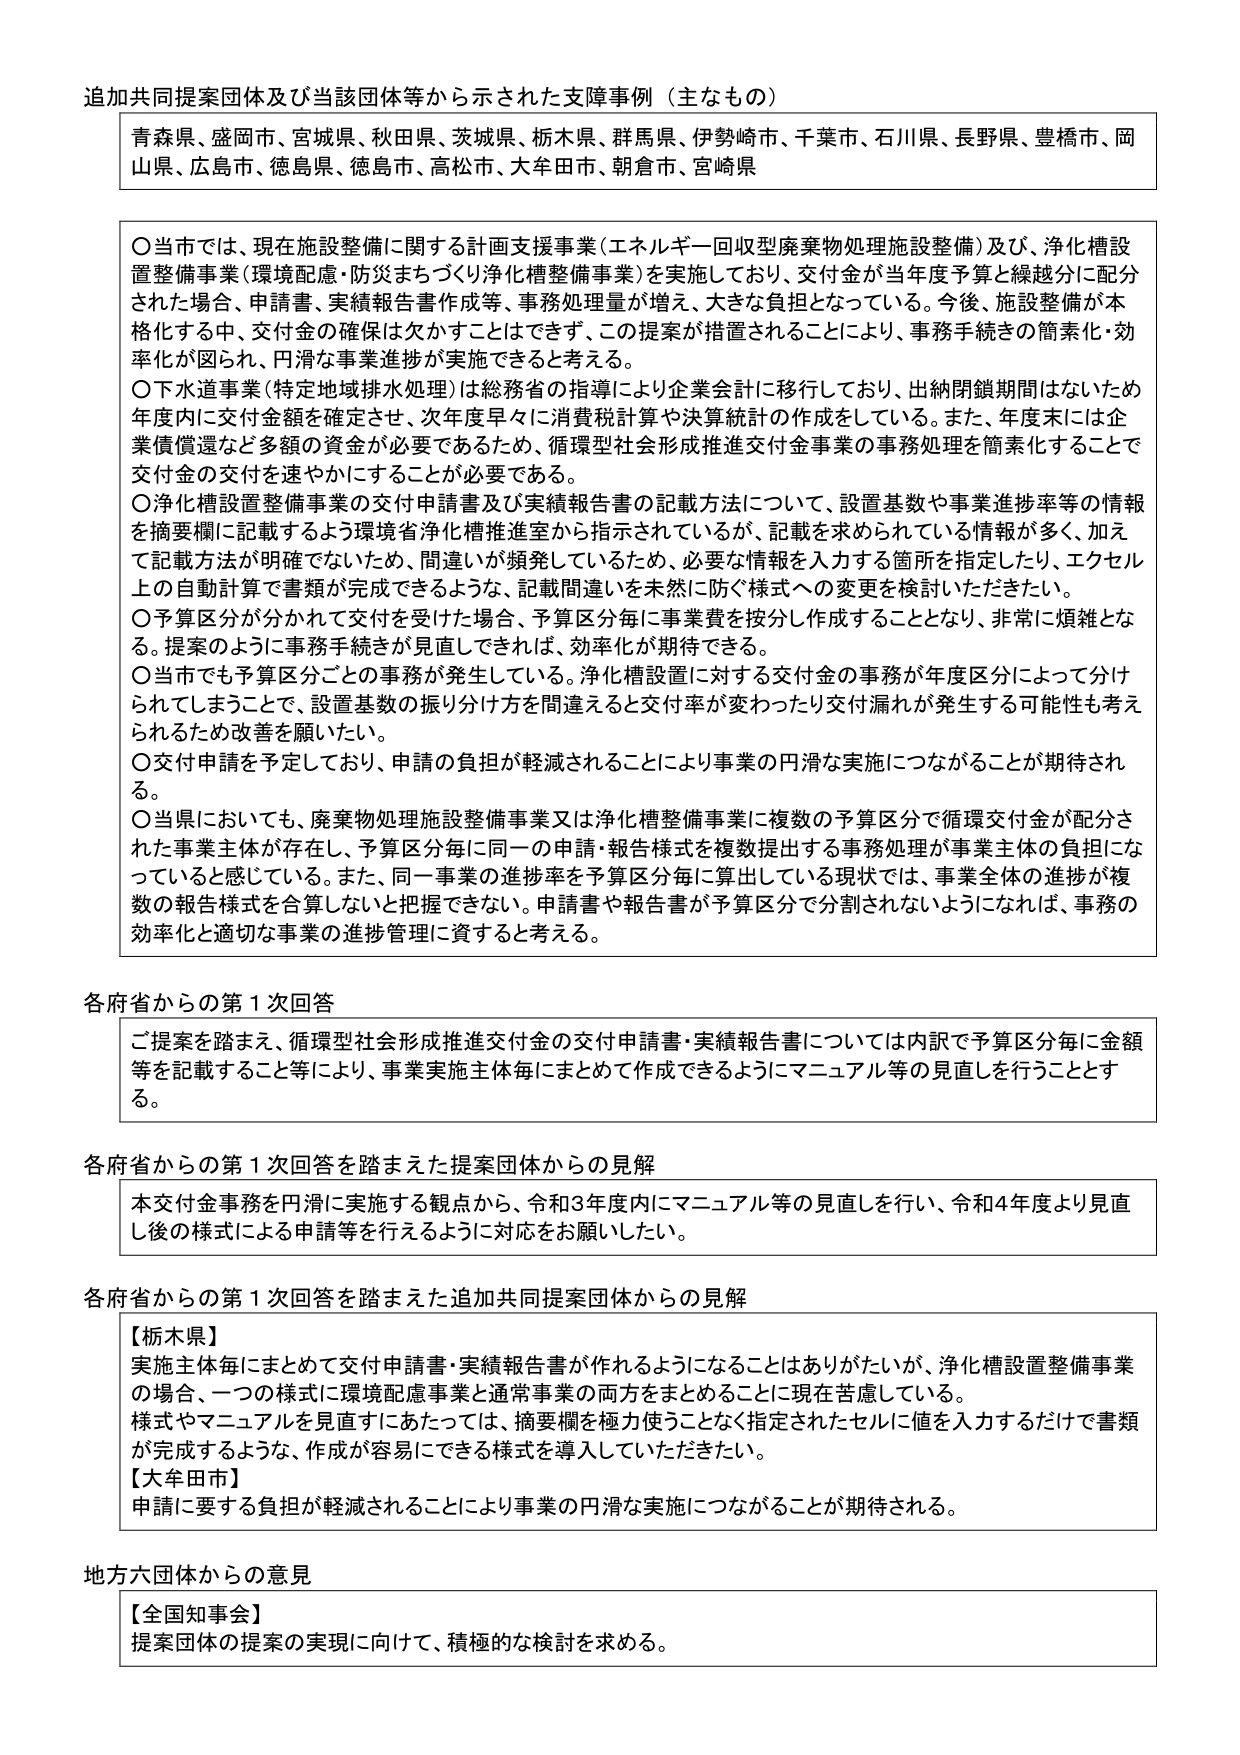
追加共同提案団体及び当該団体等から示された支障事例（主なもの）

青森県、盛岡市、宮城県、秋田県、茨城県、栃木県、群馬県、伊勢崎市、千葉市、石川県、長野県、豊橋市、岡山県、広島市、徳島県、徳島市、高松市、大牟田市、朝倉市、宮崎県

〇当市では、現在施設整備に関する計画支援事業（エネルギー回収型廃棄物処理施設整備）及び、浄化槽設置整備事業（環境配慮・防災まちづくり浄化槽整備事業）を実施しており、交付金が当年度予算と繰越分に配分された場合、申請書、実績報告書作成等、事務処理量が増え、大きな負担となっている。今後、施設整備が本格化する中、交付金の確保は欠かすことはできず、この提案が措置されることにより、事務手続きの簡素化・効率化が図られ、円滑な事業進捗が実施できると考える。

〇下水道事業（特定地域排水処理）は総務省の指導により企業会計に移行しており、出納閉鎖期間はないため年度内に交付金額を確定させ、次年度早々に消費税計算や決算統計の作成をしている。また、年度末には企業債償還など多額の資金が必要であるため、循環型社会形成推進交付金事業の事務処理を簡素化することで交付金の交付を速やかにすることが必要である。

〇浄化槽設置整備事業の交付申請書及び実績報告書の記載方法について、設置基数や事業進捗率等の情報を摘要欄に記載するよう環境省浄化槽推進室から指示されているが、記載を求められている情報が多く、加えて記載方法が明確でないため、間違いが頻発しているため、必要な情報を入力する箇所を指定したり、エクセル上の自動計算で書類が完成できるような、記載間違いを未然に防ぐ様式への変更を検討いただきたい。

〇予算区分が分かれて交付を受けた場合、予算区分毎に事業費を按分し作成することとなり、非常に煩雑となる。提案のように事務手続きが見直してされれば、効率化が期待できる。

〇当市でも予算区分ごとの事務が発生している。浄化槽設置に対する交付金の事務が年度区分によって分けられてしまうことで、設置基数の振り分け方を間違えると交付率が変わったり交付漏れが発生する可能性も考えられるため改善を願いたい。

〇交付申請を予定しており、申請の負担が軽減されることにより事業の円滑な実施につながることが期待される。

〇当県においても、廃棄物処理施設整備事業又は浄化槽整備事業に複数の予算区分で循環交付金が配分された事業主体が存在し、予算区分毎に同一の申請・報告様式を複数提出する事務処理が事業主体の負担になっていると感じている。また、同一事業の進捗率を予算区分毎に算出している現状では、事業全体の進捗が複数の報告様式を合算しないと把握できない。申請書や報告書が予算区分で分割されないようになれば、事務の効率化と適切な事業の進捗管理に資すると考える。

各府省からの第1次回答

ご提案を踏まえ、循環型社会形成推進交付金の交付申請書・実績報告書については内訳で予算区分毎に金額等を記載すること等により、事業実施主体毎にまとめて作成できるようにマニュアル等の見直しを行うこととする。

各府省からの第1次回答を踏まえた提案団体からの見解

本交付金事務を円滑に実施する観点から、令和3年度内にマニュアル等の見直しを行い、令和4年度より見直し後の様式による申請等を行うように対応をお願いしたい。

各府省からの第1次回答を踏まえた追加共同提案団体からの見解

【栃木県】
実施主体毎にまとめて交付申請書・実績報告書が作れるようになることはありがたいが、浄化槽設置整備事業の場合、一つの様式に環境配慮事業と通常事業の両方をまとめることに現在苦慮している。
様式やマニュアルを見直すにあたっては、摘要欄を極力使うことなく指定されたセルに値を入力するだけで書類が完成するような、作成が容易にできる様式を導入していただきたい。

【大牟田市】
申請に要する負担が軽減されることにより事業の円滑な実施につながることが期待される。

地方六団体からの意見

【全国知事会】
提案団体の提案の実現に向けて、積極的な検討を求める。